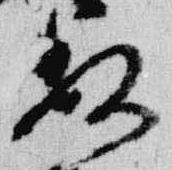
数